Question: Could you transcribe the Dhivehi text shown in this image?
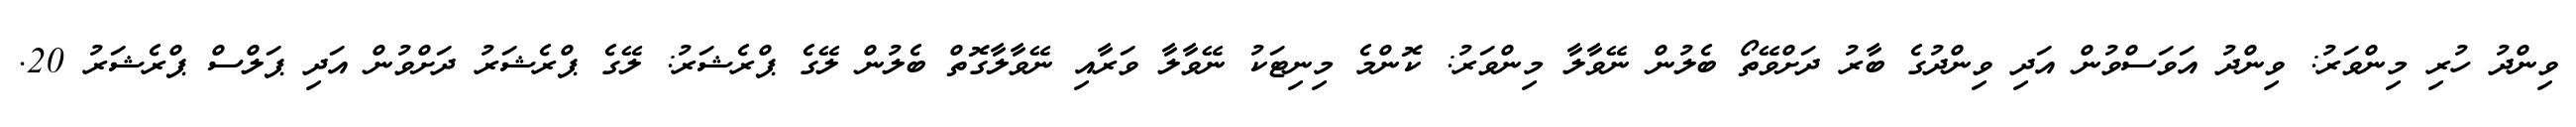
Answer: ވިންދު ހުރި މިންވަރު: ވިންދު އަވަސްވުން އަދި ވިންދުގެ ބާރު ދަށްވޭތޯ ބެލުން ނޭވާލާ މިންވަރު: ކޮންމެ މިނިޓަކު ނޭވާލާ ވަރާއި ނޭވާލާގޮތް ބެލުން ލޭގެ ޕްރެޝަރު: ލޭގެ ޕްރެޝަރު ދަށްވުން އަދި ޕަލްސް ޕްރެޝަރު 20.